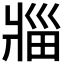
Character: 𪺟